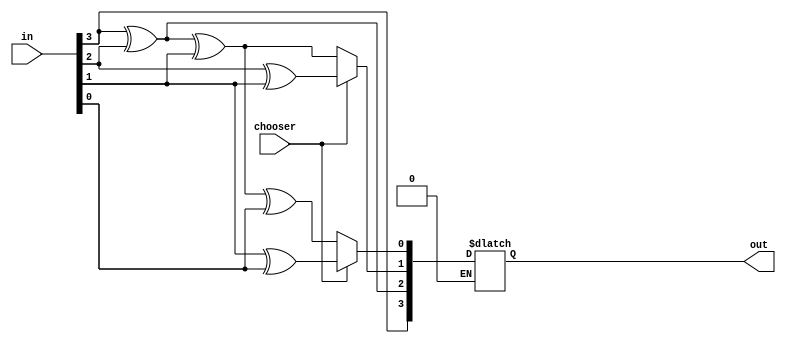
`timescale 1ns / 1ps
//////////////////////////////////////////////////////////////////////////////////
// Company: 
// Engineer: 
// 
// Design Name: 
// Module Name:    B2G_G2B_CONV 
// Project Name: 
// Target Devices: 
// Tool versions: 
// Description: 
//
// Dependencies: 
//
// Revision: 
// Revision 0.01 - File Created
// Additional Comments: 
//
//////////////////////////////////////////////////////////////////////////////////
module B2G_G2B_CONV(chooser,in,out);

input chooser;
input [3:0] in;
output reg [3:0] out;

always@( * ) begin
if(chooser==1'b1) begin // means we choose the binary to grey converter
out[3]=in[3];
out[2]=in[3]^in[2];
out[1]=in[2]^in[1];
out[0]=in[1]^in[0];
end
else if(chooser==1'b0) begin // means we choose the grey to binary converter
out[3]=in[3];
out[2]=out[3]^in[2];
out[1]=out[2]^in[1];
out[0]=out[1]^in[0];
end
end

endmodule